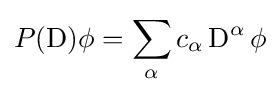
P(\operatorname {D} )\phi =\sum _{\alpha }c_{\alpha }\operatorname {D} ^{\alpha }\phi